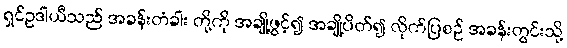
ရှင်ဥဒါယီသည် အခန်းတံခါး တို့ကို အချို့ဖွင့်၍ အချို့ပိတ်၍ လိုက်ပြစဉ် အခန်းတွင်းသို့